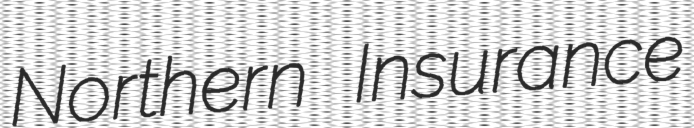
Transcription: Northern Insurance